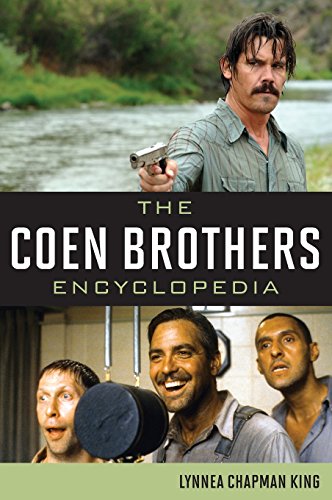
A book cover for The Coen Brothers Encyclopedia; Lynnea Chapman King; Humor & Entertainment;